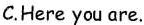
C.Here you are.